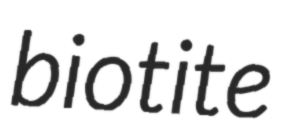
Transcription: biotite